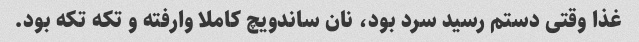
غذا وقتی دستم رسید سرد بود، نان ساندویچ کاملا وارفته و تکه تکه بود.